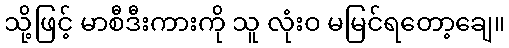
သို့ဖြင့် မာစီဒီးကားကို သူ လုံးဝ မမြင်ရတော့ချေ။